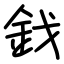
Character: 鈛